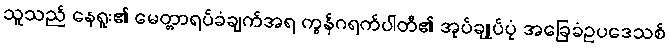
သူသည် နေရူး၏ မေတ္တာရပ်ခံချက်အရ ကွန်ဂရက်ပါတီ၏ အုပ်ချုပ်ပုံ အခြေခံဥပဒေသစ်